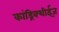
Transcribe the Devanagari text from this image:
कांड्रिक्थीईज़